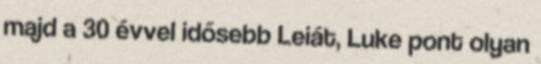
majd a 30 évvel idősebb Leiát, Luke pont olyan